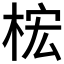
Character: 𱣢